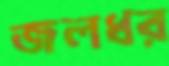
জলধর